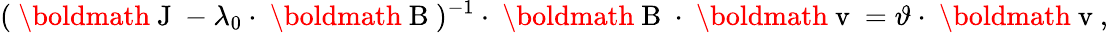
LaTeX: ({\mathrm{~\boldmath~J~}}-\lambda_{0}\cdot{\mathrm{~\boldmath~B~}})^{-1}\cdot{\mathrm{~\boldmath~B~}}\cdot{\mathrm{~\boldmath~v~}}=\vartheta\cdot{\mathrm{~\boldmath~v~}},